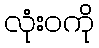
လုံးဝကို